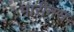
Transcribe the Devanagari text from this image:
मारीनस